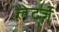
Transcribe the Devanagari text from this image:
लेटर्ज़